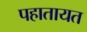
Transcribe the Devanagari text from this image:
पहातायत